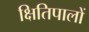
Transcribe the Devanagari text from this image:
क्षितिपालों